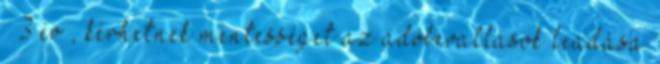
– 3 év , kérhetnek mentességet az adóbevallások leadása